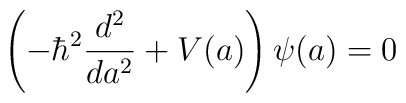
\left( - \hbar^{2} \frac{d^{2}}{d a^{2}} + V(a) \right) \psi(a) = 0